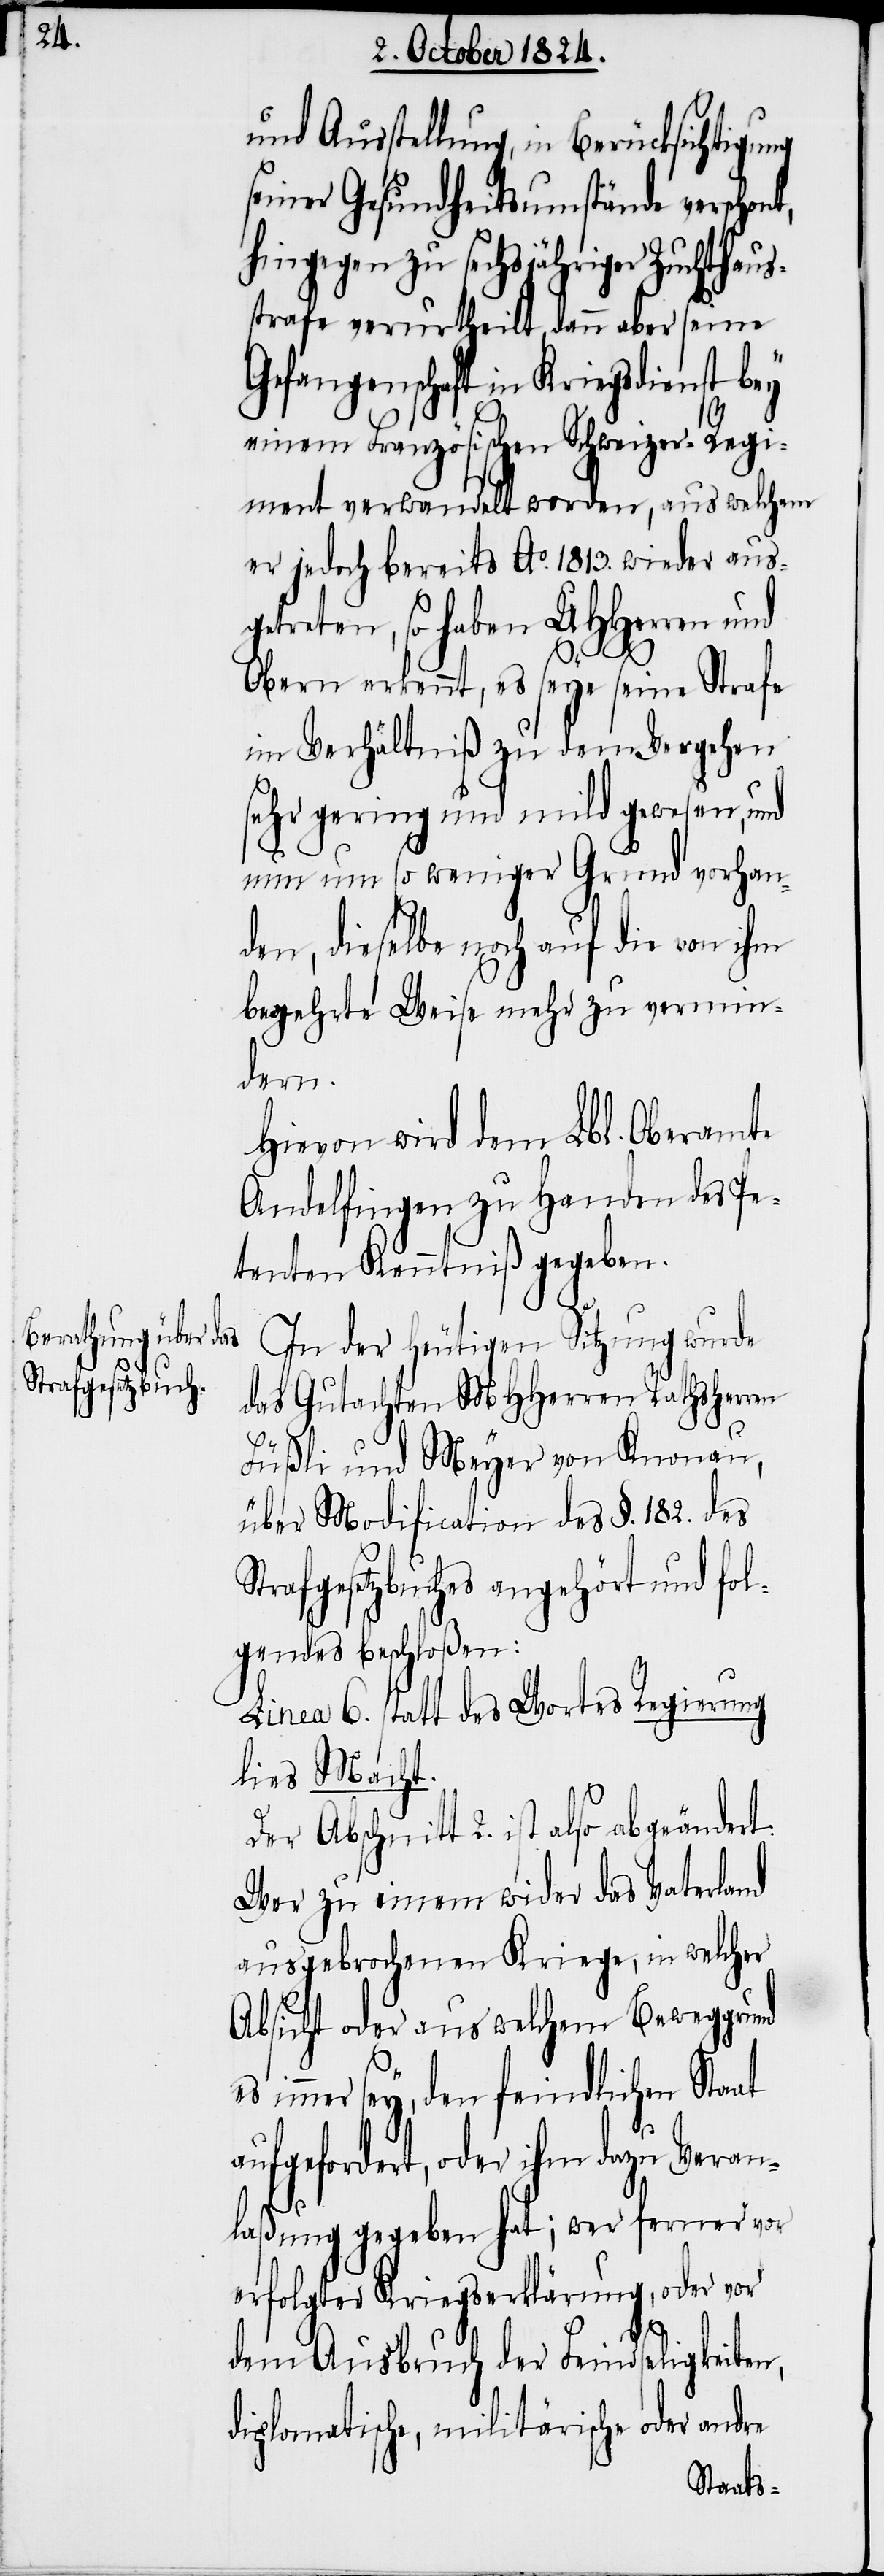
und Ausstellung, in Berücksichtigung
seiner Gesundheitsumstände verschon¬
hingegen zu sechsjähriger Zuchthaus¬
strafe verurtheilt, dann aber seine
Gefangenschaft in Kriegsdienst bey
einem Französischen Schweizer-Regi¬
ment verwandelt worden, aus welchem
er jedoch bereits Ao. 1813. wieder aus¬
getreten, so haben UHHerren und
t,
Obern erkennt, es seye seine Strafe
im Verhältniß zu dem Vergehen
sehr gering und mild gewesen, und
nun um so weniger Grund vorhan¬
den, dieselbe noch auf die von ihm
begehrte Weise mehr zu vermin¬
dern.
Hievon wird dem Lbl. Oberamte
Andelfingen zu Handen des Pe¬
tenten Kenntniß gegeben.
In der heutigen Sitzung wurde
das Gutachten MHHerren Rathsherrn
Füßli und Meyer von Knonau,
über Modification des §. 182. des
Strafgesetzbuches angehört und fol¬
gendes beschloßen:
Linea 6. statt des Wortes Regierung
lies Macht.
Der Abschnitt 2. ist also abgeändert:
Wer zu einem wider das Vaterland
ausgebrochenen Kriege, in welcher
Absicht oder aus welchem Beweggrund
immer sey, den feindlichen Staat
aufgefordert, oder ihm dazu Veran¬
laßung gegeben hat; wer ferner vor
erfolgter Kriegserklärung, oder vor
dem Ausbruch der Feindseligkeiten,
diplomatische, militärische oder andre